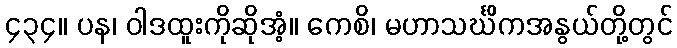
၄၃၄။ ပန၊ ဝါဒထူးကိုဆိုအံ့။ ကေစိ၊ မဟာသင်္ဃိကအနွယ်တို့တွင်